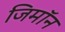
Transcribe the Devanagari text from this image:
जिमाॅन